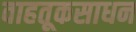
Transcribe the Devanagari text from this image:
वाहतूकसाधन